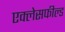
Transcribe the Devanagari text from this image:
एक्लेसफील्ड